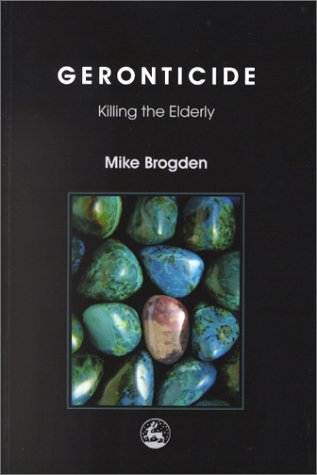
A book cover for Geronticide: Killing the Elderly; Mike Brogden; Medical Books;